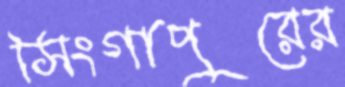
সিংগাপুরের